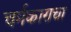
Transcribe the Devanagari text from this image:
चर्मकाराचा